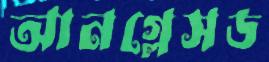
আনগ্লেসড